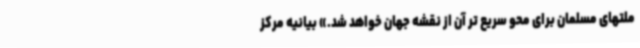
ملتهای مسلمان برای محو سریع تر آن از نقشه جهان خواهد شد.» بیانیه مرکز